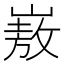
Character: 㟼